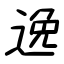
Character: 逸